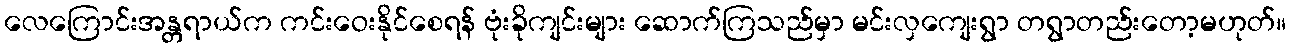
လေကြောင်းအန္တရာယ်က ကင်းဝေးနိုင်စေရန် ဗုံးခိုကျင်းများ ဆောက်ကြသည်မှာ မင်းလှကျေးရွာ တရွာတည်းတော့မဟုတ်။